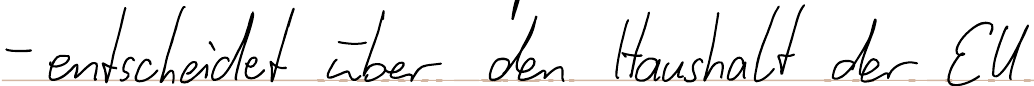
- entscheidet über den Haushalt der EU